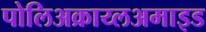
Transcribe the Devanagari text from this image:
पोलिअक्राय्लअमाइड